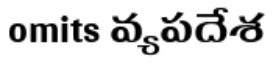
omits వ్యపదేశ